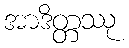
အာဒိတ္တဿု